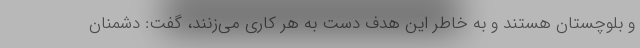
و بلوچستان هستند و به خاطر این هدف دست به هر کاری می‌زنند، گفت: دشمنان